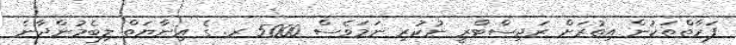
ފަރާތްތަކުން އިތުރަށް ރަޖިސްޓްރީ ނުކުރި ނަމަވެސް 5000 ރ. ގެ އިނާޔަތް ލިބެމުންދާނެ